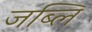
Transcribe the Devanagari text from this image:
जब्लि